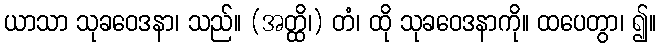
ယာသာ သုခဝေဒနာ၊ သည်။ (အတ္ထိ၊) တံ၊ ထို သုခဝေဒနာကို။ ထပေတွာ၊ ၍။